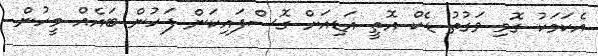
އެކަމަކު ގޮވި ވަގުތު ޑެކް އޮތީ އަޑިއަށް ގޮސްފައިކަން ފަހުން ބައެއް މީހުން